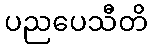
ပညပေသီတိ